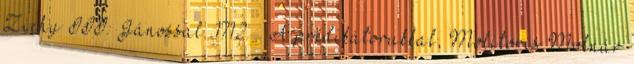
Zichy III. Jánossal. 1712. – A prédikátorukkal, Molitoris Molnár